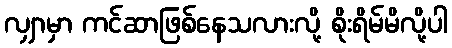
လျှာမှာ ကင်ဆာဖြစ်နေသလားလို့ စိုးရိမ်မိလို့ပါ